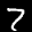
Label: 7